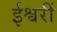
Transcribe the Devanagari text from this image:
ईश्वरीं